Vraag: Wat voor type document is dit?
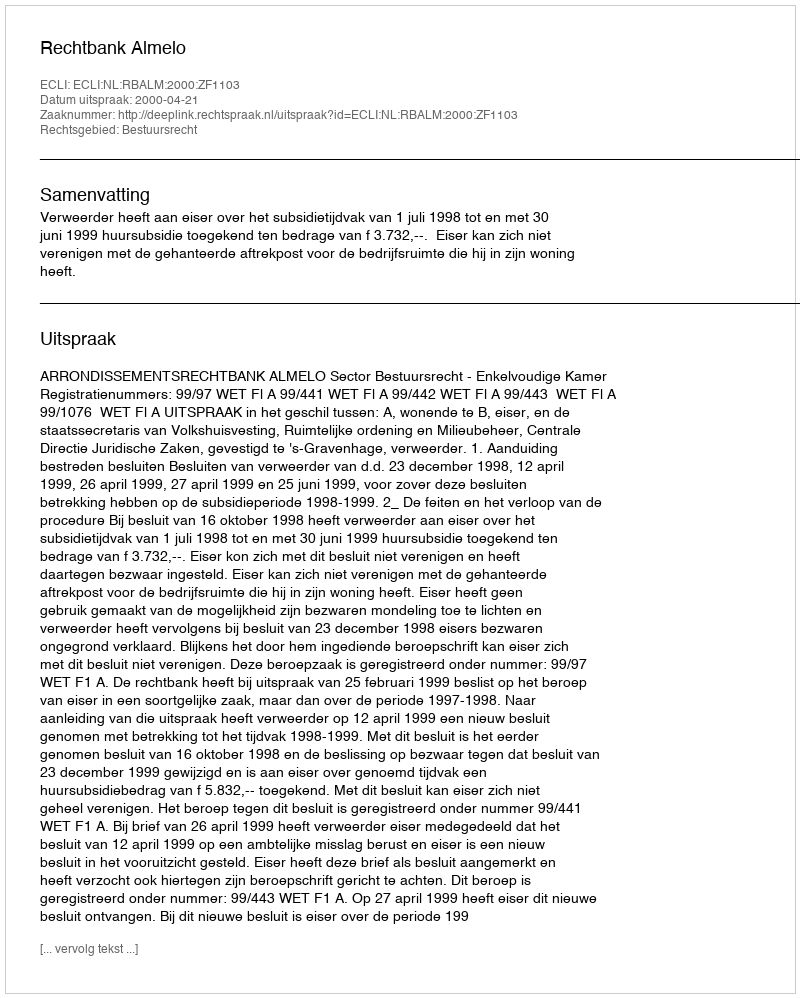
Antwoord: Uitspraak